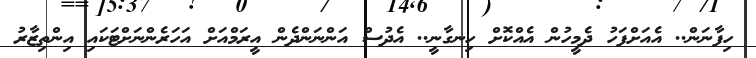
ހިފާނަން.. އެއަށްފަހު ދެމީހުން އެއްކޮށް ހިނގާނީ.. އެދުސް އަންނަންދެން އީރަމްއަށް އަހަރެންނަށްޓަކައި އިންތިޒާރު